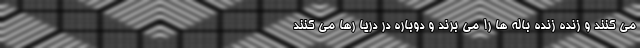
می کنند و زنده زنده باله ها را می برند و دوباره در دریا رها می کنند